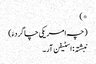
*)
(چہ امریکی چاگردءَ)
نبشتہ : اسٹیفن آر۔